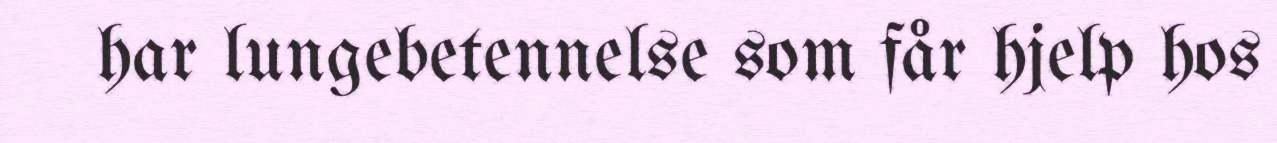
har lungebetennelse som får hjelp hos